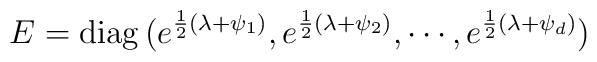
E = {\rm diag}\,(e^{{1\over 2}(\lambda + \psi_{1})}, e^{{1\over2}(\lambda + \psi_{2})},\cdots , e^{{1\over 2}(\lambda +\psi_{d})})